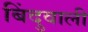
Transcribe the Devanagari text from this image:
बिंदुवाली